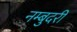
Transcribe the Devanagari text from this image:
नम्बुदरी